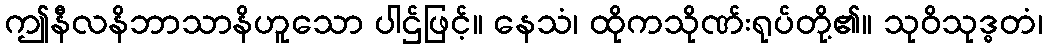
ဤနီလနိဘာသာနိဟူသော ပါဌ်ဖြင့်။ နေသံ၊ ထိုကသိုဏ်းရုပ်တို့၏။ သုဝိသုဒ္ဓတံ၊